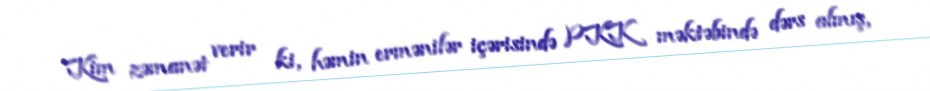
Kim zəmanət verir ki, həmin ermənilər içərisində PKK məktəbində dərs almış,